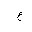
Letter: _ayn